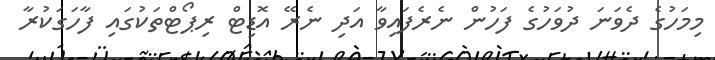
މިމަހުގެ ދެވަނަ ދުވަހުގެ ފަހުން ނެރެފައިވާ އަދި ނެރޭ އޮޑިޓް ރިޕޯޓްތަކުގައި ފާހަގަކުރާ